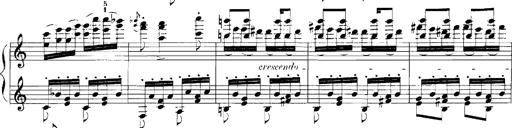
Title: Rhapsodies hongroises
Composer: Franz Liszt